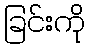
ခြင်းကို